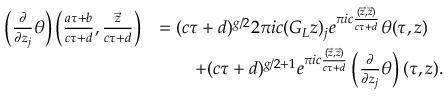
\begin{array} { r l } { \left( \frac { \partial } { \partial z _ { j } } \theta \right) \left( \frac { a \tau + b } { c \tau + d } , \frac { \vec { z } } { c \tau + d } \right) } & { = ( c \tau + d ) ^ { g / 2 } 2 \pi i c ( G _ { L } \boldsymbol { z } ) _ { j } e ^ { \pi i c \frac { ( \vec { z } , \vec { z } ) } { c \tau + d } } \theta ( \tau , \boldsymbol { z } ) } \\ & { \quad \quad + ( c \tau + d ) ^ { g / 2 + 1 } e ^ { \pi i c \frac { ( \vec { z } , \vec { z } ) } { c \tau + d } } \left( \frac { \partial } { \partial z _ { j } } \theta \right) ( \tau , \boldsymbol { z } ) . } \end{array}